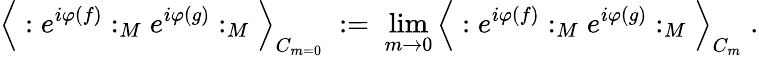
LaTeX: \Big\langle:e^{i\varphi(f)}:_{M}e^{i\varphi(g)}:_{M}\Big\rangle_{C_{m=0}}\; :=\; \operatorname*{lim}_{m\rightarrow 0}\Big\langle:e^{i\varphi(f)}:_{M}e^{i\varphi(g)}:_{M}\Big\rangle_{C_{m}}\; .